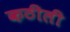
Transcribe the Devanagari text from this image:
कठीली